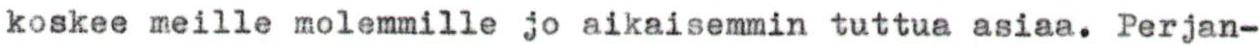
koskee meille molemmille jo aikaisemmin tuttua asiaa. Perjan-